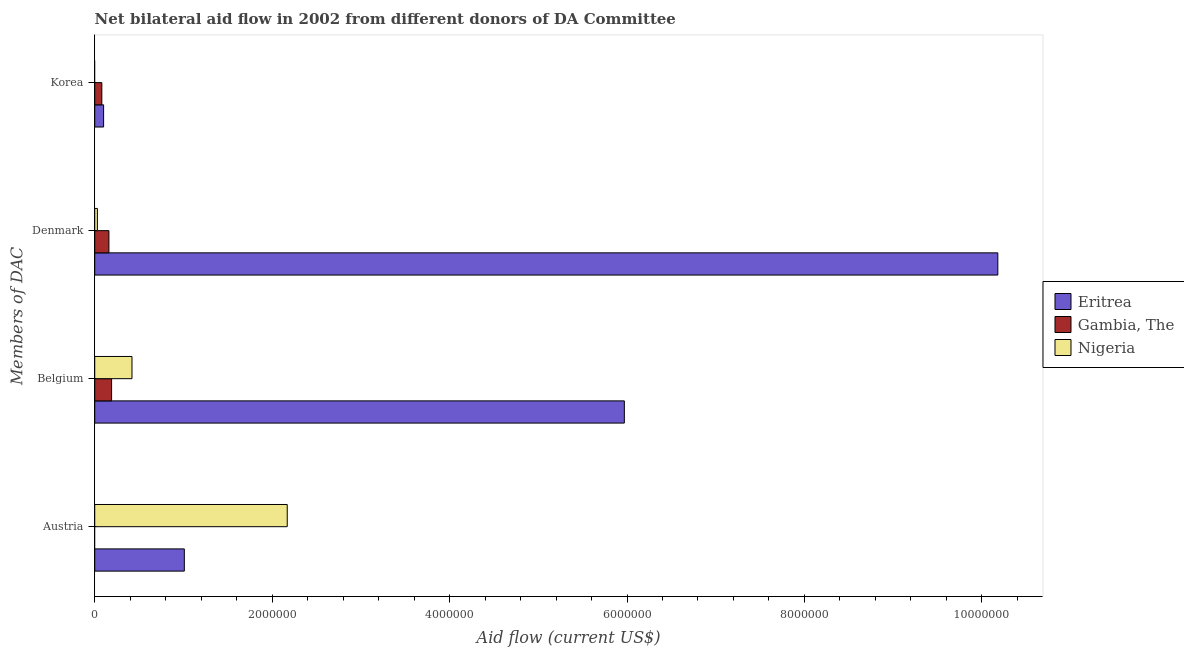
| Members of DAC | Eritrea | Gambia, The | Nigeria |
 | --- | --- | --- | --- |
 | Austria | 1.01e+06 | -3.6e+05 | 2.17e+06 |
 | Belgium | 5.97e+06 | 1.9e+05 | 4.2e+05 |
 | Denmark | 1.02e+07 | 1.6e+05 | 3e+04 |
 | Korea | 1e+05 | 8e+04 | -1.98e+06 |